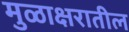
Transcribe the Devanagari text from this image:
मुळाक्षरातील